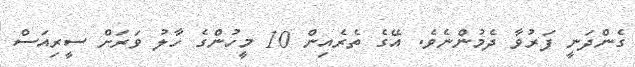
ގެންދަނީ ފަރުވާ ދެމުންނެވެ. އޭގެ ތެރެއިން 10 މީހުންގެ ހާލު ވަރަށް ސީރިއަސް